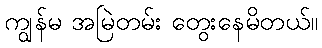
ကျွန်မ အမြဲတမ်း တွေးနေမိတယ်။